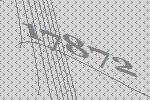
17872